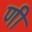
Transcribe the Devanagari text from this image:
णी